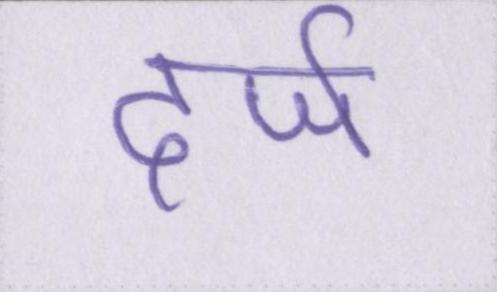
दर्ज